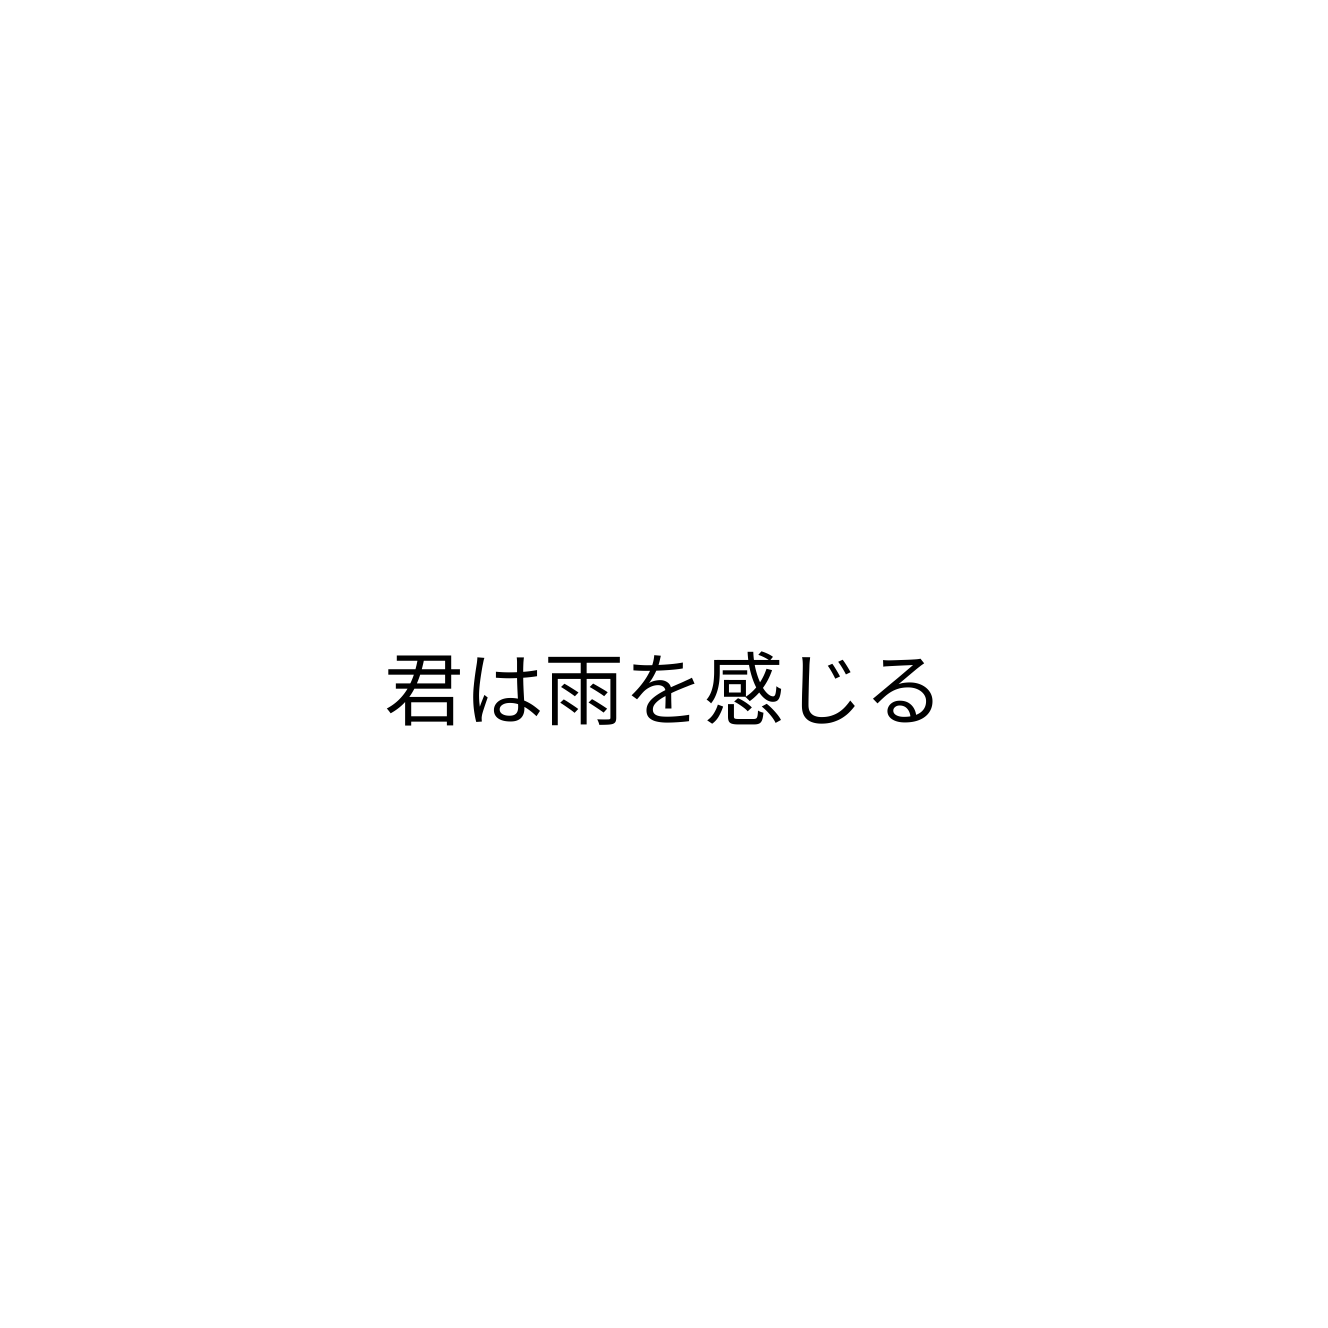
君は雨を感じる